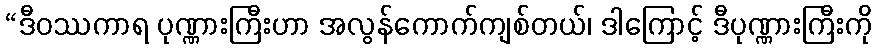
“ဒီဝဿကာရ ပုဏ္ဏားကြီးဟာ အလွန်ကောက်ကျစ်တယ်၊ ဒါကြောင့် ဒီပုဏ္ဏားကြီးကို